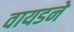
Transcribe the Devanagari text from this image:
वायडने